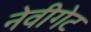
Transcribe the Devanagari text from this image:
नेवीगेट